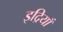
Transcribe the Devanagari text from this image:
इद्रियाँ